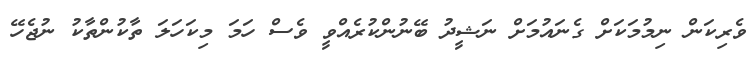
ވެރިކަން ނިމުމަކަށް ގެނައުމަށް ނަޝީދު ބޭނުންކުރެއްވީ ވެސް ހަމަ މިކަހަލަ ތާކުންތާކު ނުޖެހޭ